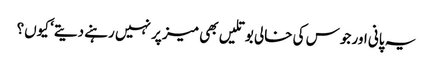
یہ پانی اور جوس کی خالی بوتلیں بھی میز پر نہیں رہنے دیتے‘ کیوں؟